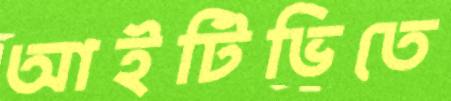
আইটিভিতে